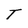
Character: T